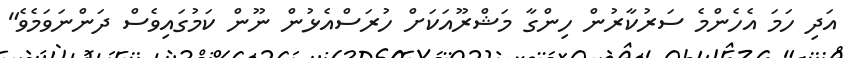
އަދި ހަމަ އެހެންމެ ސަރުކާރުން ހިންގާ މަޝްރޫއަކަށް ހުރަސްއެޅުން ނޫން ކަމުގައިވެސް ދަންނަވަމެވެ"